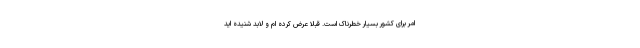
امر برای کشور بسیار خطرناک است. قبلا عرض کرده ام و لابد شنیده اید